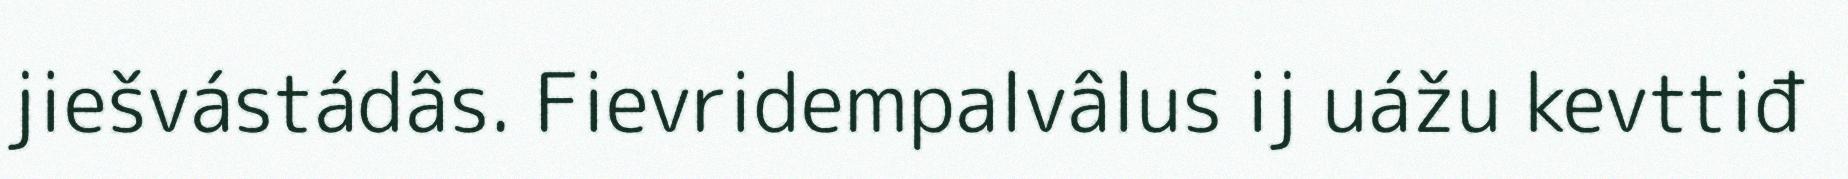
jiešvástádâs. Fievridempalvâlus ij uážu kevttiđ